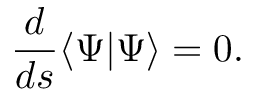
\frac { d } { d s } \langle \Psi | \Psi \rangle = 0 .